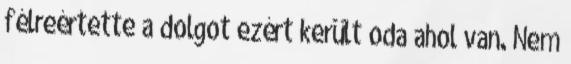
félreértette a dolgot ezért került oda ahol van. Nem